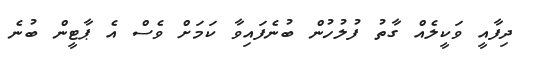
ދިފާއީ ވަކީލެއް ގާތު ފުލުހުން ބުނެފައިވާ ކަމަށް ވެސް އެ ޕާޓީން ބުނެ